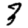
Digit: 3